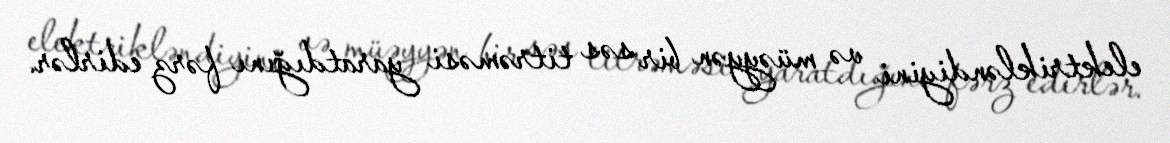
elektrikləndiyini və müəyyən bir səs titrəməsi yaratdığını fərz edirlər.